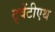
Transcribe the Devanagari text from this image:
ट्वेंटीएथ